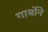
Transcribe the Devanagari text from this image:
गार्बोने